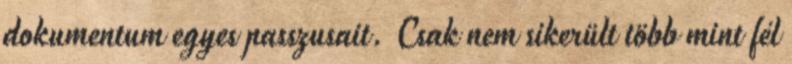
dokumentum egyes passzusait. Csak nem sikerült több mint fél